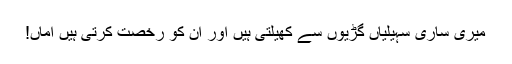
میری ساری سہیلیاں گڑیوں سے کھیلتی ہیں اور ان کو رخصت کرتی ہیں اماں!